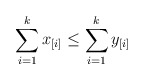
\begin{align*}\sum_{i = 1}^{k} x_{[i]} \leq \sum_{i = 1}^{k} y_{[i]}\end{align*}